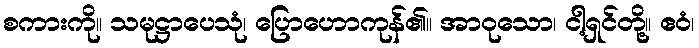
စကားကို။ သမုဋ္ဌာပေသုံ၊ ပြောဟောကုန်၏။ အာဝုသော၊ ငါ့ရှင်တို့။ ဧဝံ၊